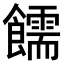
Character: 𫗜